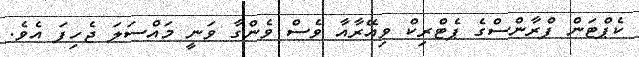
ކެޕްޓަން ފްރާންސްގެ ޕެޓްރިކް ވިއޭރާއާ ވެސް ވެންގާ ވަނީ މައްސަލަަ ޖެހިފަ އެވެ.